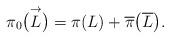
LaTeX: \begin{gather*}\pi_0\big(\overset{\rightarrow}{L}\big)=\pi(L)+\overline{\pi}\big(\overline{L}\big).\end{gather*}